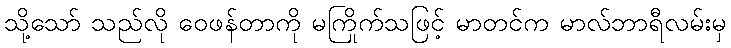
သို့သော် သည်လို ဝေဖန်တာကို မကြိုက်သဖြင့် မာတင်က မာလ်ဘာရီလမ်းမှ